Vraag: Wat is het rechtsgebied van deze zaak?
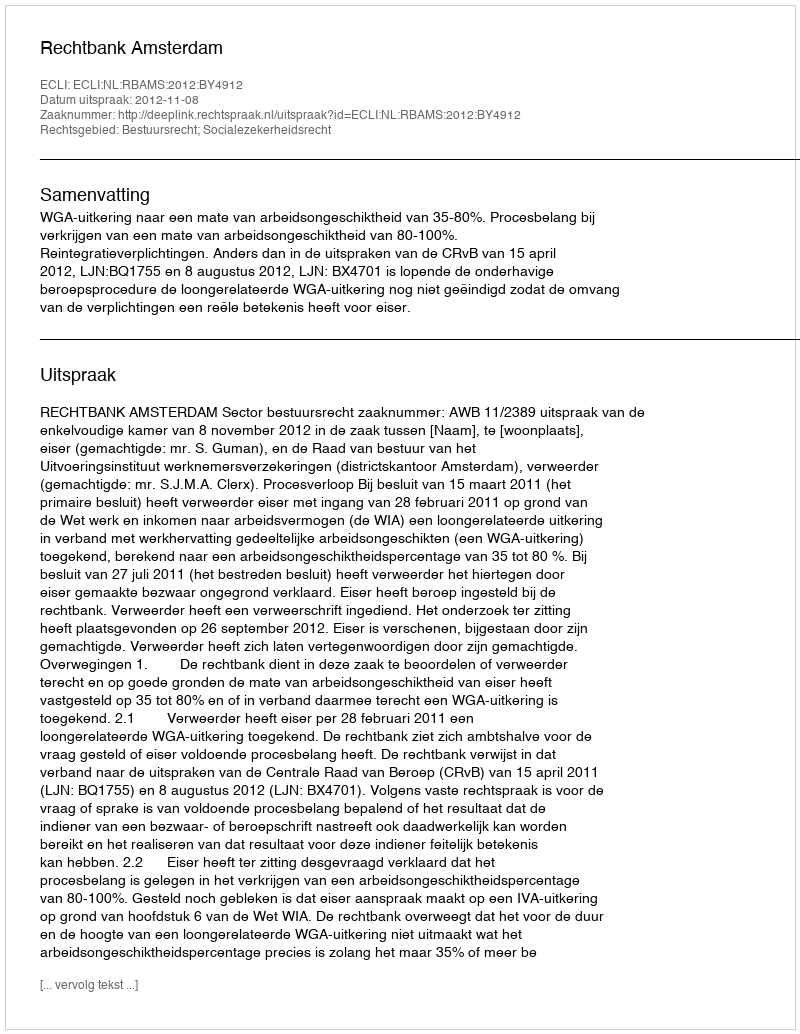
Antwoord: Bestuursrecht; Socialezekerheidsrecht